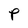
Character: P